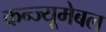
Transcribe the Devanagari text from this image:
कन्ज्यूमेबल